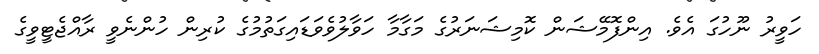
ހަވީރު ނޫހުގަ އެވެ. އިންފޮމޭޝަން ކޮމިޝަނަރުގެ މަގާމާ ހަވާލުވެވަޑައިގަތުމުގެ ކުރިން ހުންނެވީ ރާއްޖެޓީވީގެ